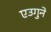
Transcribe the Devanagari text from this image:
एउगुने